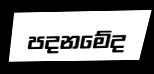
පදනමේද